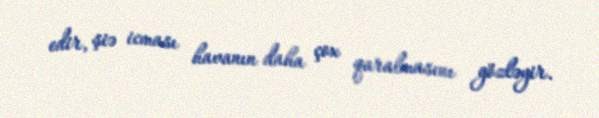
edir, şiə icması havanın daha çox qaralmasını gözləyir.